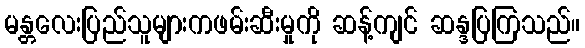
မန္တလေးပြည်သူများကဖမ်းဆီးမှုကို ဆန့်ကျင် ဆန္ဒပြကြသည်။